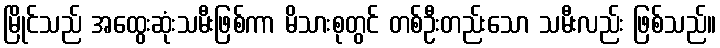
မြိုင်သည် အထွေးဆုံးသမီးဖြစ်ကာ မိသားစုတွင် တစ်ဦးတည်းသော သမီးလည်း ဖြစ်သည်။